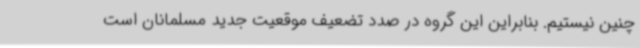
چنین نیستیم. بنابراین این گروه در صدد تضعیف موقعیت جدید مسلمانان است